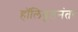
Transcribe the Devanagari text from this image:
हॉलिवूडनंतर